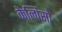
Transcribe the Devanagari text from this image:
केल्पिसो